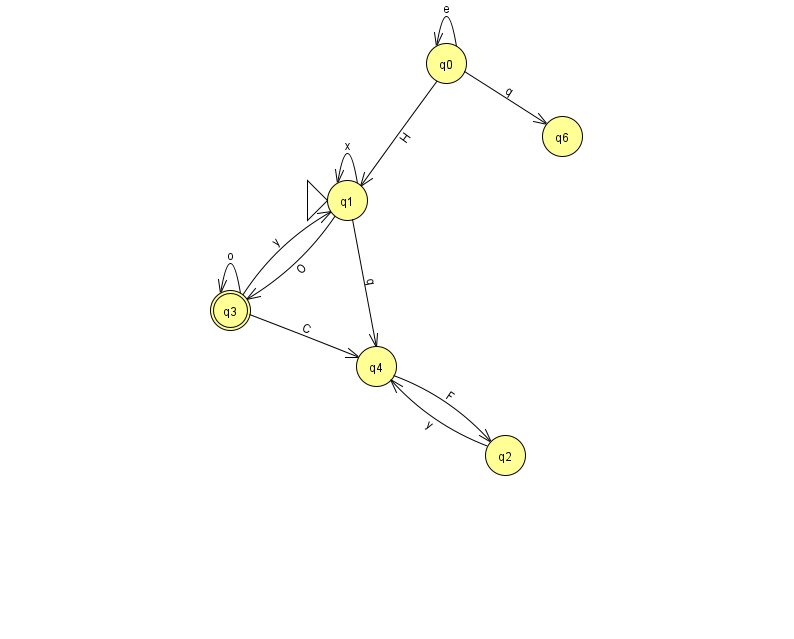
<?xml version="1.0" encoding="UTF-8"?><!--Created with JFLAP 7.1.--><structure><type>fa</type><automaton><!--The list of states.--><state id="0" name="q0"><x>446.0</x><y>50.0</y></state><state id="1" name="q1"><x>347.0</x><y>187.0</y><initial/></state><state id="2" name="q2"><x>505.0</x><y>442.0</y></state><state id="3" name="q3"><x>230.0</x><y>297.0</y><final/></state><state id="4" name="q4"><x>376.0</x><y>353.0</y></state><state id="6" name="q6"><x>562.0</x><y>123.0</y></state><!--The list of transitions.--><transition><from>3</from><to>4</to><read>C</read></transition><transition><from>2</from><to>4</to><read>y</read></transition><transition><from>3</from><to>1</to><read>y</read></transition><transition><from>1</from><to>3</to><read>O</read></transition><transition><from>0</from><to>0</to><read>e</read></transition><transition><from>1</from><to>1</to><read>x</read></transition><transition><from>1</from><to>4</to><read>q</read></transition><transition><from>0</from><to>6</to><read>q</read></transition><transition><from>4</from><to>2</to><read>F</read></transition><transition><from>0</from><to>1</to><read>H</read></transition><transition><from>3</from><to>3</to><read>o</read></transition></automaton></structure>